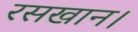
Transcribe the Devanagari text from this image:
रसखान।